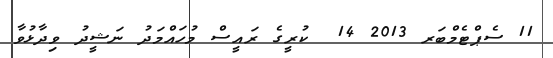
11 ސެޕްޓެމްބަރ 2013 14  ކުރީގެ ރައީސް މުހައްމަދު ނަޝީދު ވިދާޅުވާ